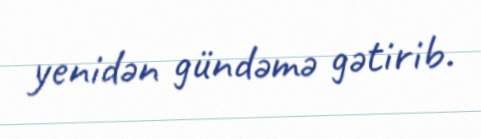
yenidən gündəmə gətirib.